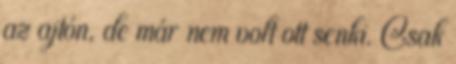
az ajtón, de már nem volt ott senki. Csak